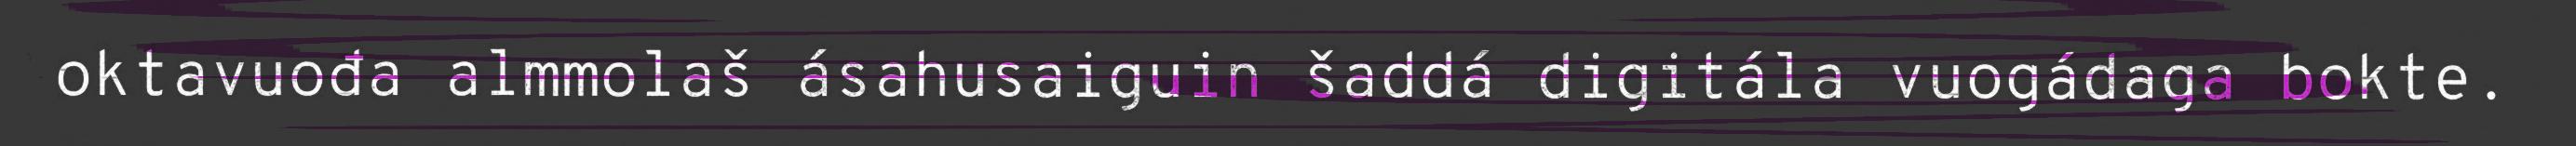
oktavuođa almmolaš ásahusaiguin šaddá digitála vuogádaga bokte.